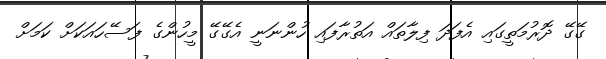
ގޭގޭ ދޮރުމަތީގައި އެފަދަ ފިލާތައް އަތުރާފައި ހުންނަނީ އެގޭގޭ މީހުންގެ ފަސޭހައަކަށް ކަމަށް